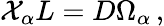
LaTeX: {\cal X}_{\alpha}L=D\Omega_{\alpha}\, ,